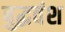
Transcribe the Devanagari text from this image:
बुद्धवंश